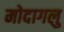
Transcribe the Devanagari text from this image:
मोदागलु